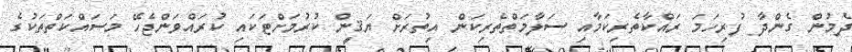
ދެމުން ގެންދާ ފުރިހަމަ ރައްކާތެރިކަމާއި ސަލާމަތްތެރިކަން އިތުރަށް ޔަޤީން ކުރުމަށްޓަކައި ކުރައްވަންޖެހޭ މަސައްކަތްތަކުގެ